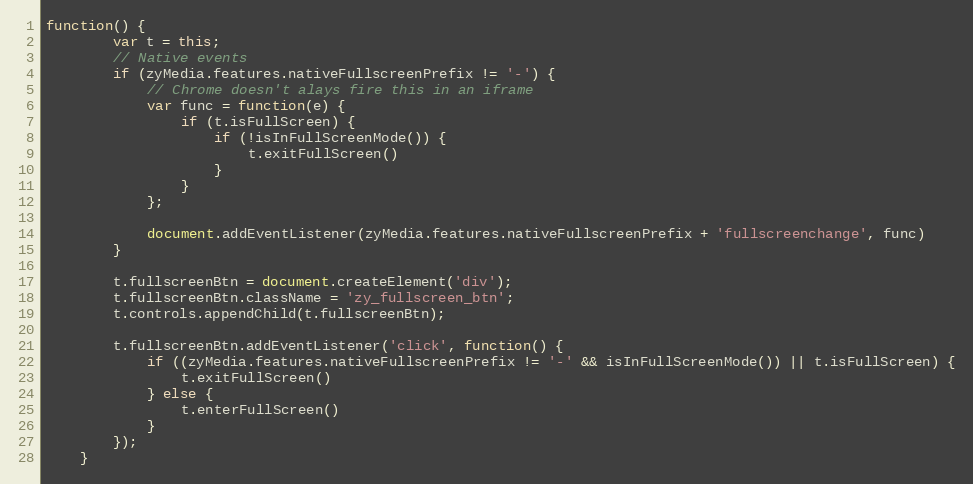
Language: JavaScript
function() {
		var t = this;
		// Native events
		if (zyMedia.features.nativeFullscreenPrefix != '-') {
			// Chrome doesn't alays fire this in an iframe
			var func = function(e) {
				if (t.isFullScreen) {
					if (!isInFullScreenMode()) {
						t.exitFullScreen()
					}
				}
			};

			document.addEventListener(zyMedia.features.nativeFullscreenPrefix + 'fullscreenchange', func)
		}

		t.fullscreenBtn = document.createElement('div');
		t.fullscreenBtn.className = 'zy_fullscreen_btn';
		t.controls.appendChild(t.fullscreenBtn);

		t.fullscreenBtn.addEventListener('click', function() {
			if ((zyMedia.features.nativeFullscreenPrefix != '-' && isInFullScreenMode()) || t.isFullScreen) {
				t.exitFullScreen()
			} else {
				t.enterFullScreen()
			}
		});
	}